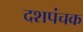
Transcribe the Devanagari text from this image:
दशपंचक